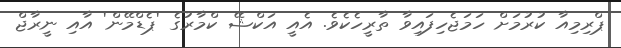
ޕްރިމިއާ ކުރުމަށް ހަމަޖެހިފައިވާ ތާރީހެކެވެ. އެއީ އަކްޝޭ ކްމާރުގެ 'ޕެޑްމޭން' އާއި ނީރާޖް